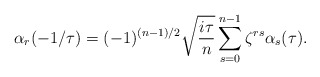
\begin{align*}\alpha_r(-1/\tau)=(-1)^{(n-1)/2}\sqrt{\frac{i\tau}{n}}\sum_{s=0}^{n-1} \zeta^{rs}\alpha_s(\tau).\end{align*}